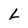
Character: L